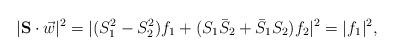
LaTeX: \begin{align*}|\mathbf{S}\cdot \vec w|^2 = |(S_1^2-S_2^2)f_1 + (S_1 \bar S_2 + \bar S_1 S_2)f_2|^2 = |f_1|^2,\end{align*}